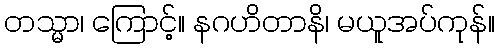
တသ္မာ၊ ကြောင့်။ နဂဟိတာနိ၊ မယူအပ်ကုန်။